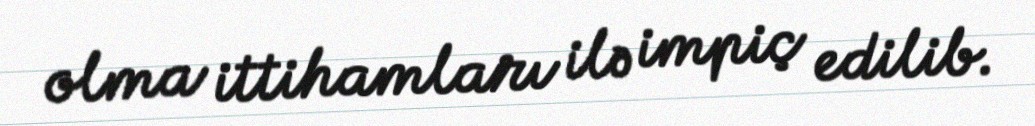
olma ittihamları ilə impiç edilib.